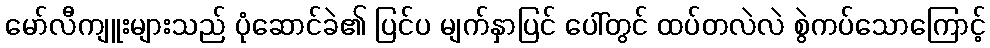
မော်လီကျူးများသည် ပုံဆောင်ခဲ၏ ပြင်ပ မျက်နှာပြင် ပေါ်တွင် ထပ်တလဲလဲ စွဲကပ်သောကြောင့်